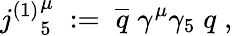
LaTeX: {j^{(1)}}_{5}^{\mu}\; :=\; \overline{{{q}}}\; \gamma^{\mu}\gamma_{5}\; q\; ,